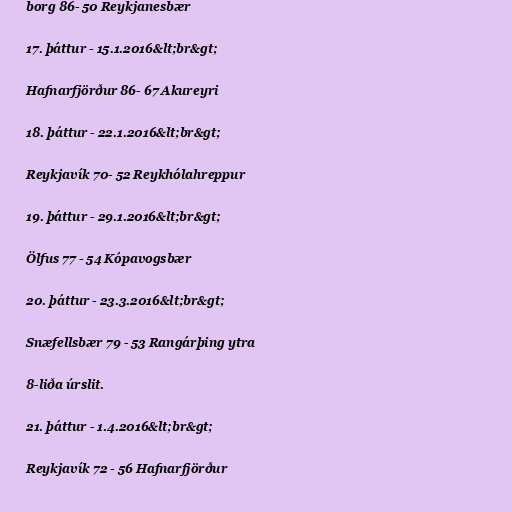
borg 86- 50 Reykjanesbær

17. þáttur - 15.1.2016&lt;br&gt;

Hafnarfjörður 86- 67 Akureyri

18. þáttur - 22.1.2016&lt;br&gt;

Reykjavík 70- 52 Reykhólahreppur

19. þáttur - 29.1.2016&lt;br&gt;

Ölfus 77 - 54 Kópavogsbær

20. þáttur - 23.3.2016&lt;br&gt;

Snæfellsbær 79 - 53 Rangárþing ytra

8-liða úrslit.

21. þáttur - 1.4.2016&lt;br&gt;

Reykjavík 72 - 56 Hafnarfjörður